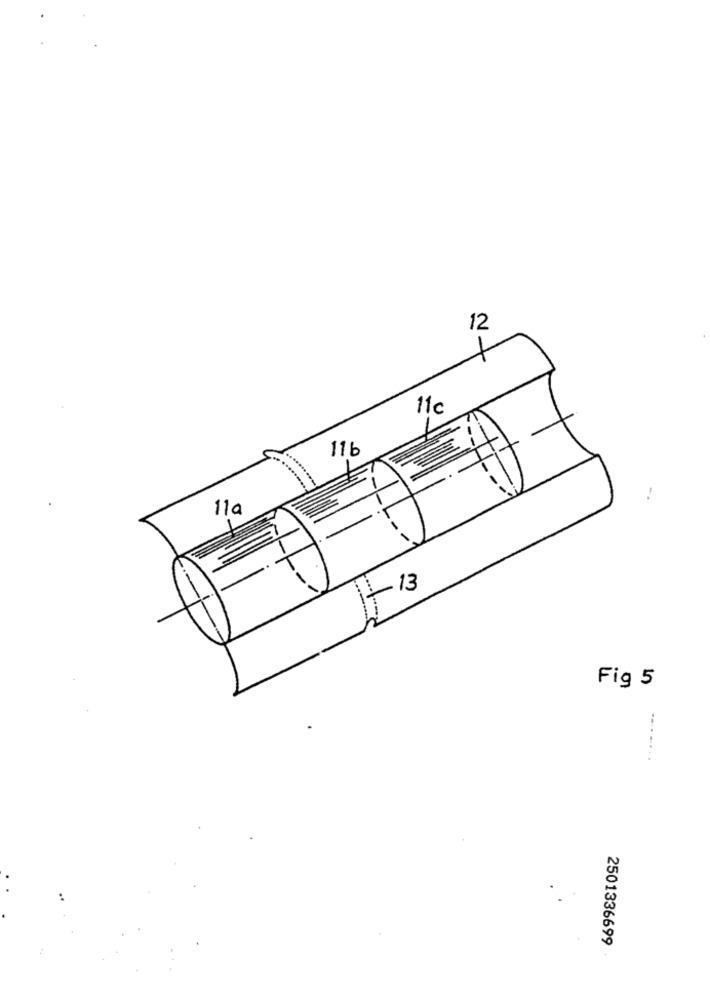
12
11c
11b
110
13
10
Fig 5
.......
2501336699